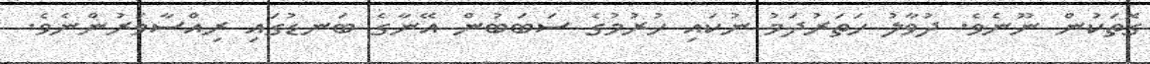
ގޮތަކުން ނޫނެވެ. ދުވާލު ހަތަރުދަމު ނުކައި ހުރުމުގެ ސަބަބުން އޭނާގެ ބަނޑުގައި ރިއްސާވަރުންނެވެ.